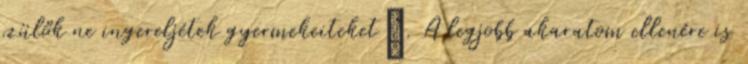
szülők ne ingereljétek gyermekeiteket”. A legjobb akaratom ellenére is